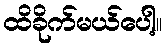
ထိခိုက်မယ်ပေါ့။